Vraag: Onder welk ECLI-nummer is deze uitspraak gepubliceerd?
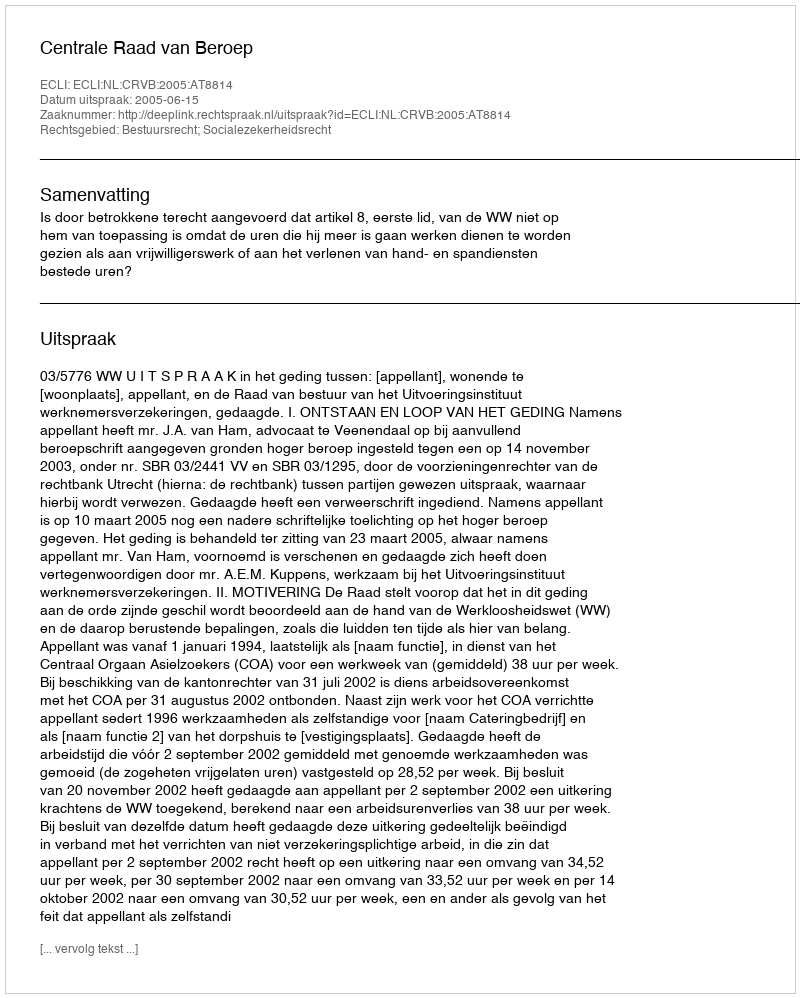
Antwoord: ECLI:NL:CRVB:2005:AT8814